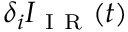
\delta _ { i } I _ { \mathrm { ~ I ~ R ~ } } ( t )